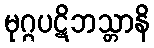
မုဂ္ဂပဋိဘသ္တာနိ